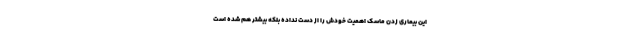
این بیماری زدن ماسک اهمیت خودش را از دست نداده بلکه بیشتر هم شده است